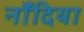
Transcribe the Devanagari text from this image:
नाँदिया